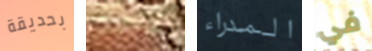
بحديقة الإفلاس المدراء في